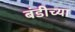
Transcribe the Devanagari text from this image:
बंडीच्या